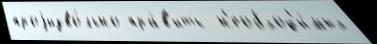
проjизво́льно пра́в'ить  н'еобход'и́мых